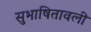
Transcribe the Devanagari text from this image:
सुभाषितावली